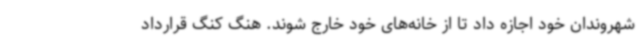
شهروندان خود اجازه داد تا از خانه‌های خود خارج شوند. هنگ کنگ قرارداد